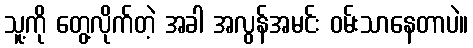
သူ့ကို တွေ့လိုက်တဲ့ အခါ အလွန်အမင်း ဝမ်းသာနေတာပဲ။